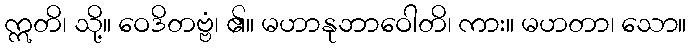
ဣတိ၊ သို့။ ဝေဒိတဗ္ဗံ၊ ၏။ မဟာနုဘာဝေါတိ၊ ကား။ မဟတာ၊ သော။